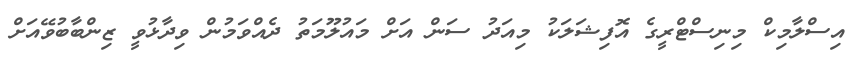
އިސްލާމިކް މިނިސްޓްރީގެ އޮފިޝަލަކު މިއަދު ސަން އަށް މައުލޫމަތު ދެއްވަމުން ވިދާޅުވީ ޒިންބާބުވޭއަށް